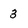
Character: 3